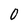
Character: 0